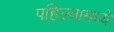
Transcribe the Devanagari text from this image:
पहिल्यामध्ये